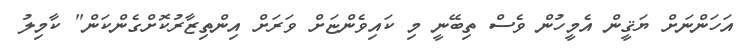
އަހަންނަށް ޔަޤީން އެމީހުން ވެސް ތިބޭނީ މި ކައިވެންޏަށް ވަރަށް އިންތިޒާރުކޮށްގެންކަން" ކާމިލު